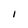
Character: I